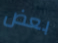
بعض